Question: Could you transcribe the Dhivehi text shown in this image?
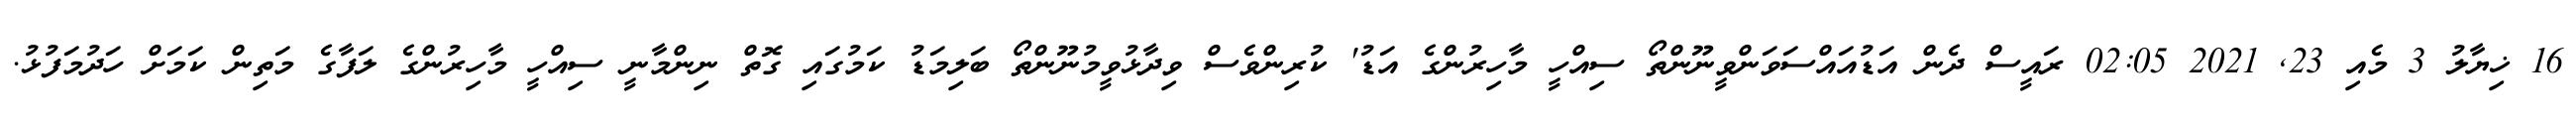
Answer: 16 ޚިޔާލު 3 މެއި 23, 2021 02:05 ރައީސް ދެން އަޑުއައްސަވަންވީނޫންތޯ ސިއްހީ މާހިރުންގެ އަޑު' ކުރިންވެސް ވިދާޅުވީމުނޫންތޯ ބަލިމަޑު ކަމުގައި ގޮތް ނިންމާނީ ސިއްހީ މާހިރުންގެ ލަފާގެ މަތިން ކަމަށް ހަދުމަފުޅު.